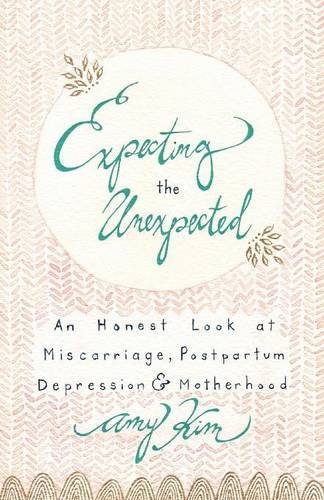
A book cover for Expecting the Unexpected: An Honest Look at Miscarriage, Postpartum Depression & Motherhood; Amy Kim; Health, Fitness & Dieting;